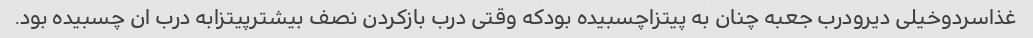
غذاسردوخیلی دیرودرب جعبه چنان به پیتزاچسبیده بودکه وقتی درب بازکردن نصف بیشترپیتزابه درب ان چسبیده بود.